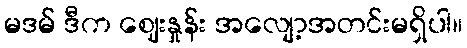
မဒမ် ဒီက ဈေးနှုန်း အလျော့အတင်းမရှိပါ။